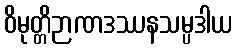
ဝိမုတ္တိဉာဏဒဿနသမ္ပဒါယ